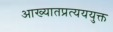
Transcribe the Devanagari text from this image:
आख्यातप्रत्यययुक्त